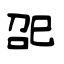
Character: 巶